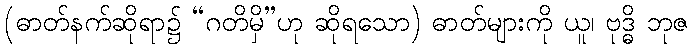
(ဓာတ်နက်ဆိုရာ၌ “ဂတိမှိ”ဟု ဆိုရသော) ဓာတ်များကို ယူ၊ ဗုဒ္ဓိ ဘုဇ